65_HS1-834228961_62-HQ-83894_Section_3
Agency: FBI
Page 114
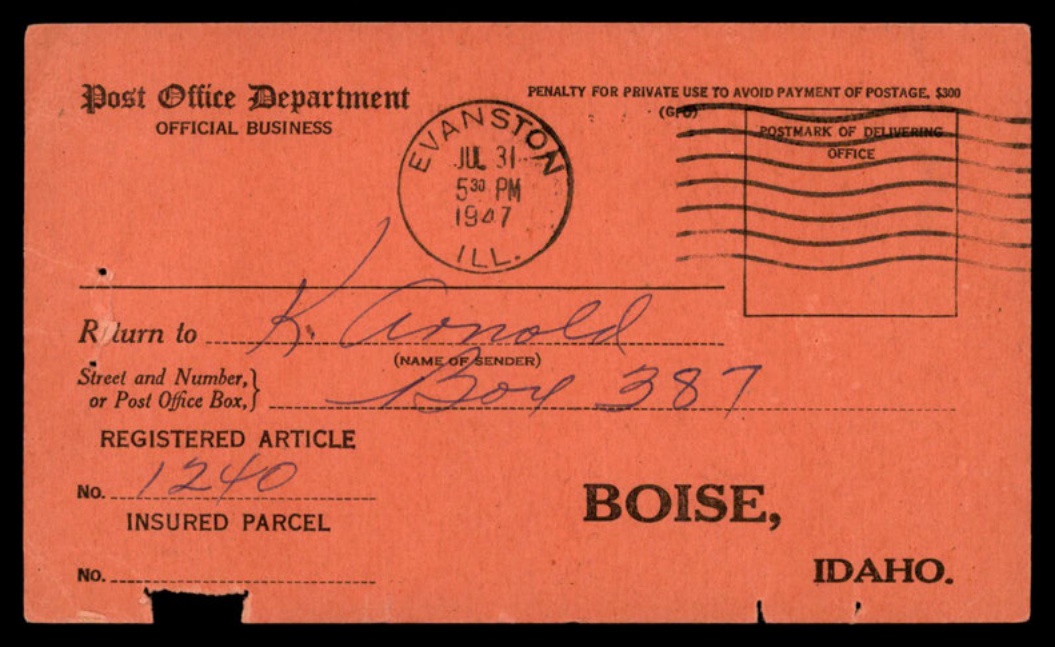